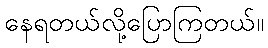
နေရတယ်လို့ပြောကြတယ်။